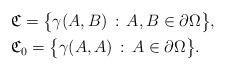
LaTeX: \begin{align*}\begin{aligned}&{\mathfrak C}=\big\{\gamma(A,B)\,:\,A,B\in\partial\Omega\big\},\\&{\mathfrak C_0}=\big\{\gamma(A,A)\,:\,A\in\partial\Omega\big\}.\end{aligned}\end{align*}